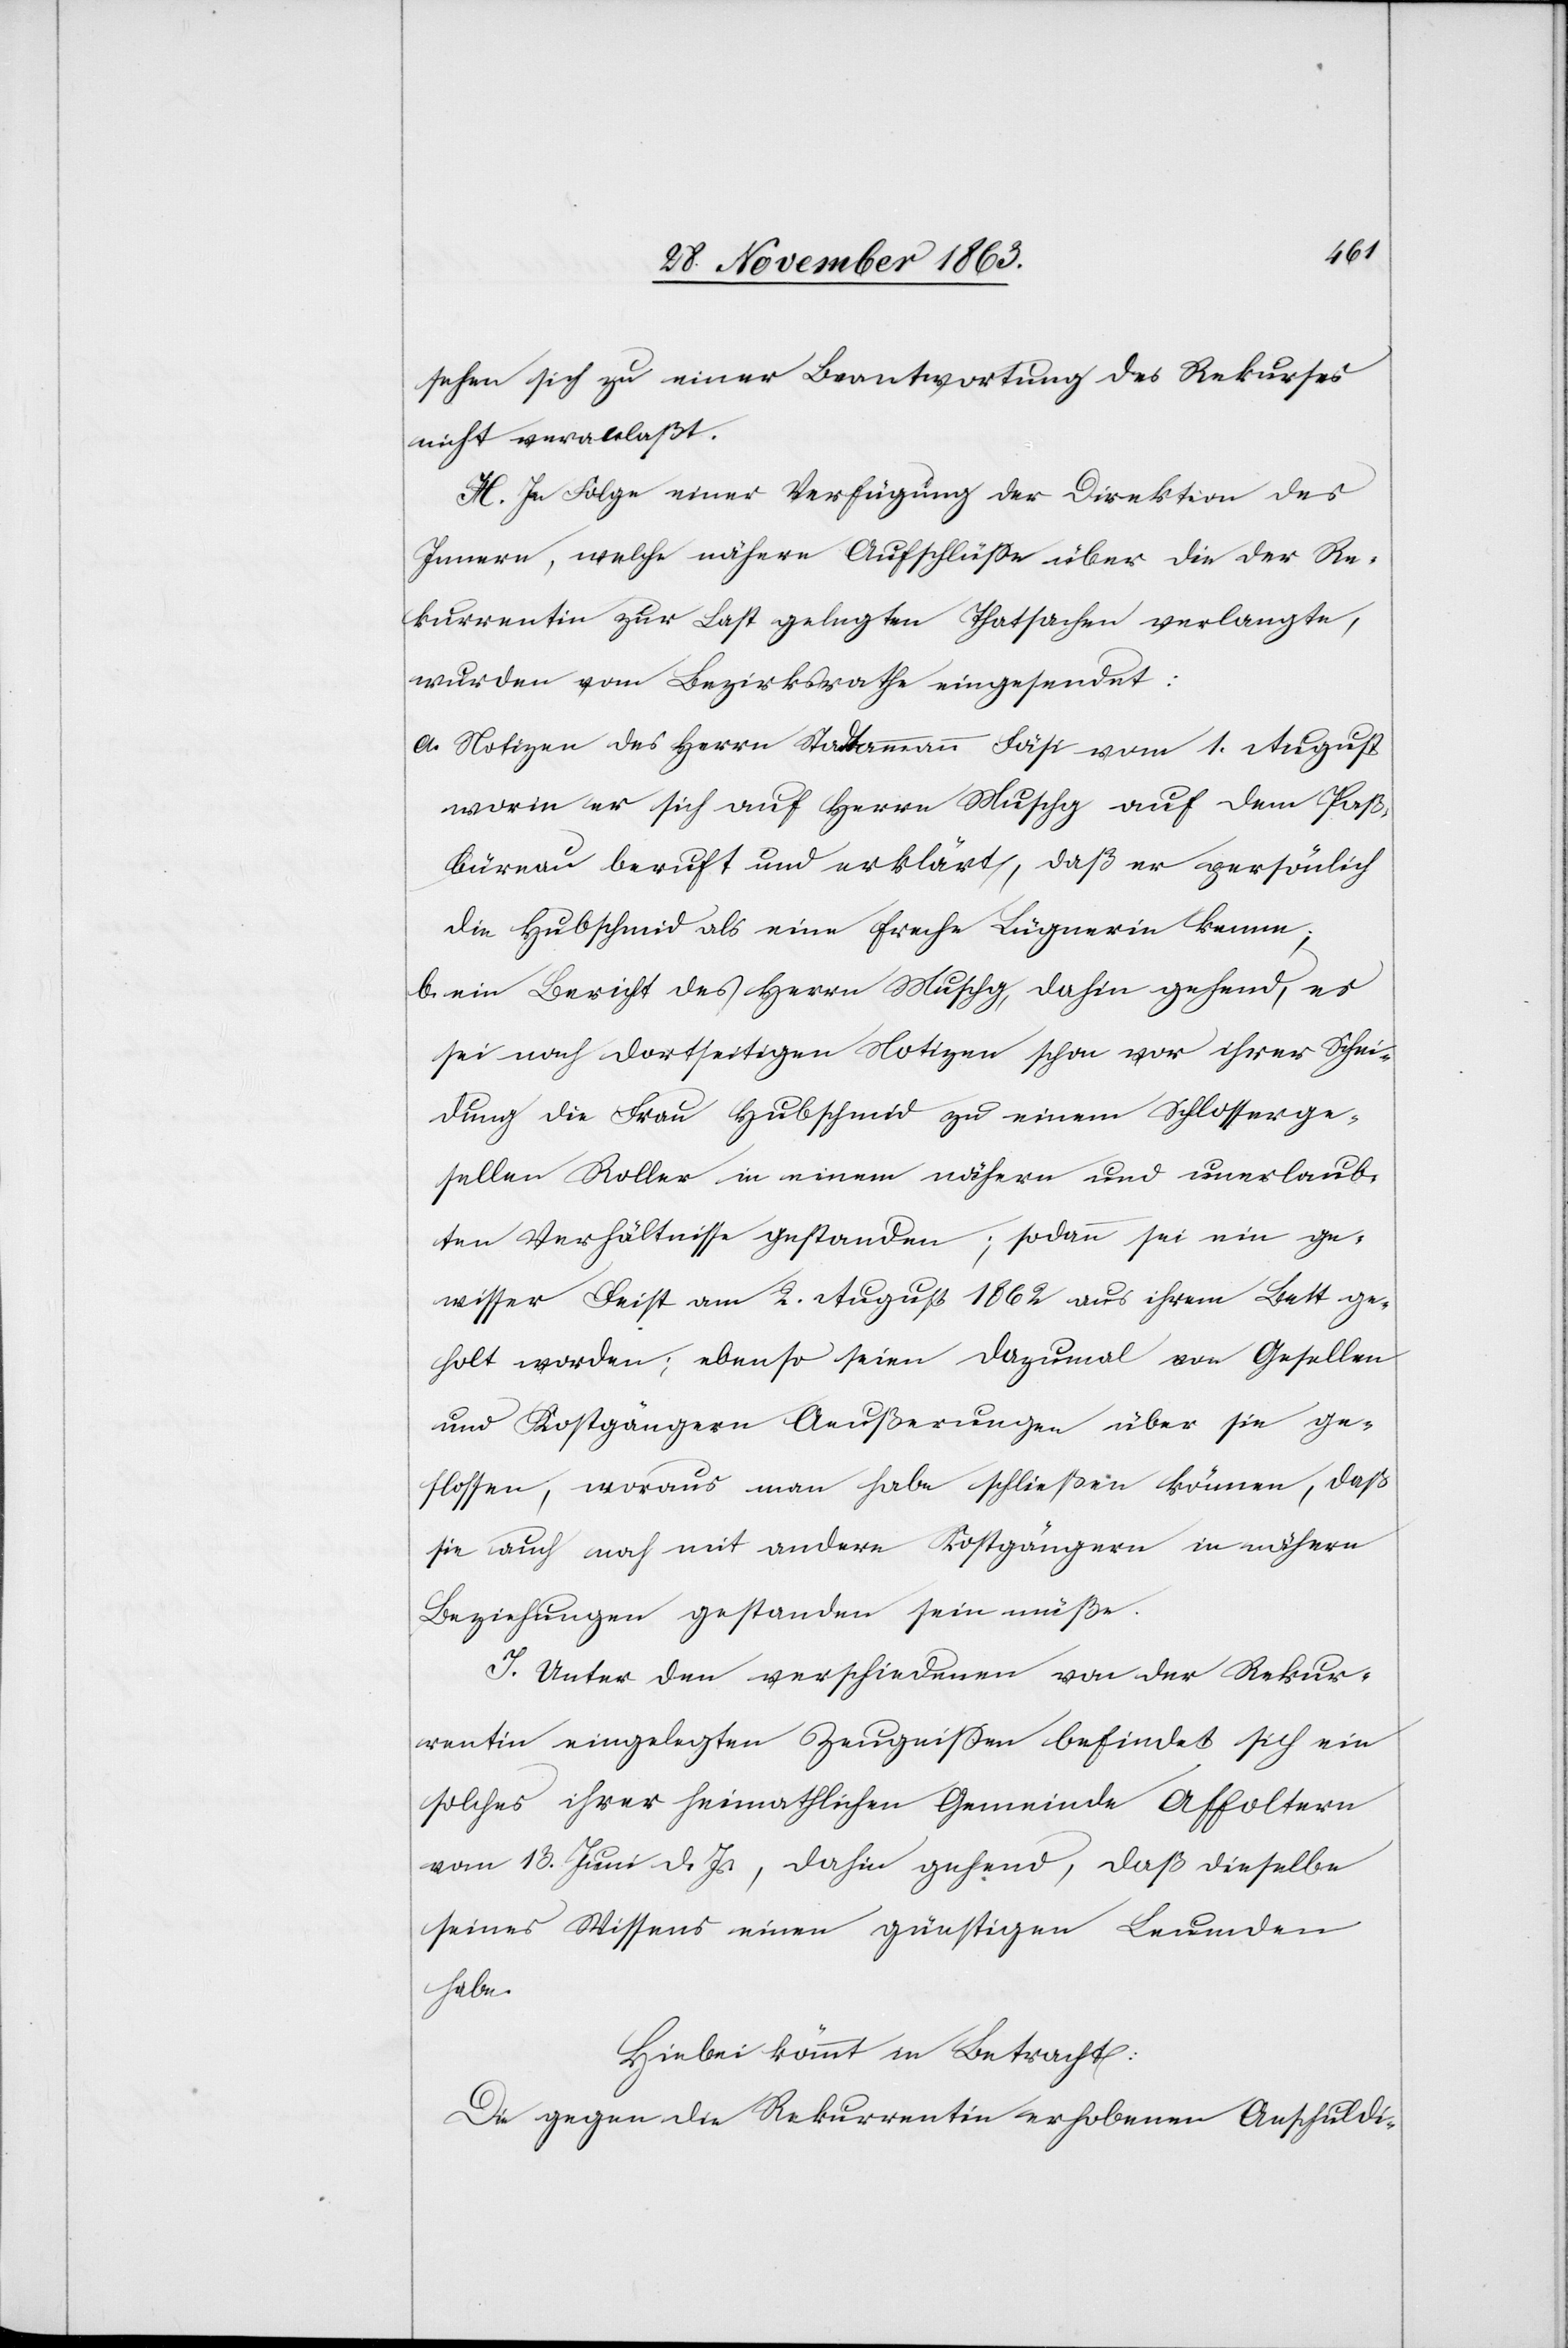
sehen sich zu einer Beantwortung des Rekurses
nicht veranlaßt.
H. In Folge einer Verfügung der Direktion des
Innern, welche nähere Aufschlüsse über die der Re¬
kurrentin zur Last gelegten Thatsachen verlangte,
wurden vom Bezirksrathe eingesendet:
a. Notizen des Herrn Stadtammann Fäsi vom 1. August
worin er sich auf Herrn Muschg auf dem Paß¬
büreau beruft und erklärt, daß er persönlich
die Hubschmid als eine freche Lügnerin kenne;
b. ein Bericht des Herrn Muschg, dahin gehend, es
sei nach dortseitigen Notizen schon vor ihrer Schei¬
dung die Frau Hubschmid zu einem Schlosserge¬
sellen Roller in einem nähern und unerlaub¬
ten Verhältnisse gestanden; sodann sei ein ge¬
wisser Feist am 2. August 1862 aus ihrem Bett ge¬
holt worden; ebenso seien dazumal von Gesellen
und Kostgängern Aeußerungen über sie ge¬
flossen, woraus man habe schließen können, daß
sie auch noch mit andern Kostgängern in nähern
Beziehungen gestanden sein müße.
I. Unter den verschiedenen von der Rekur¬
rentin eingelegten Zeugnissen befindet sich ein
solches ihrer heimathlichen Gemeinde Affoltern
vom 13. Juni d. Js., dahin gehen, daß dieselbe
seines Wissens einen günstigen Leumden
habe.
Hiebei kömmt in Betracht:
Die gegen die Rekurrentin erhobenen Anschuldi-